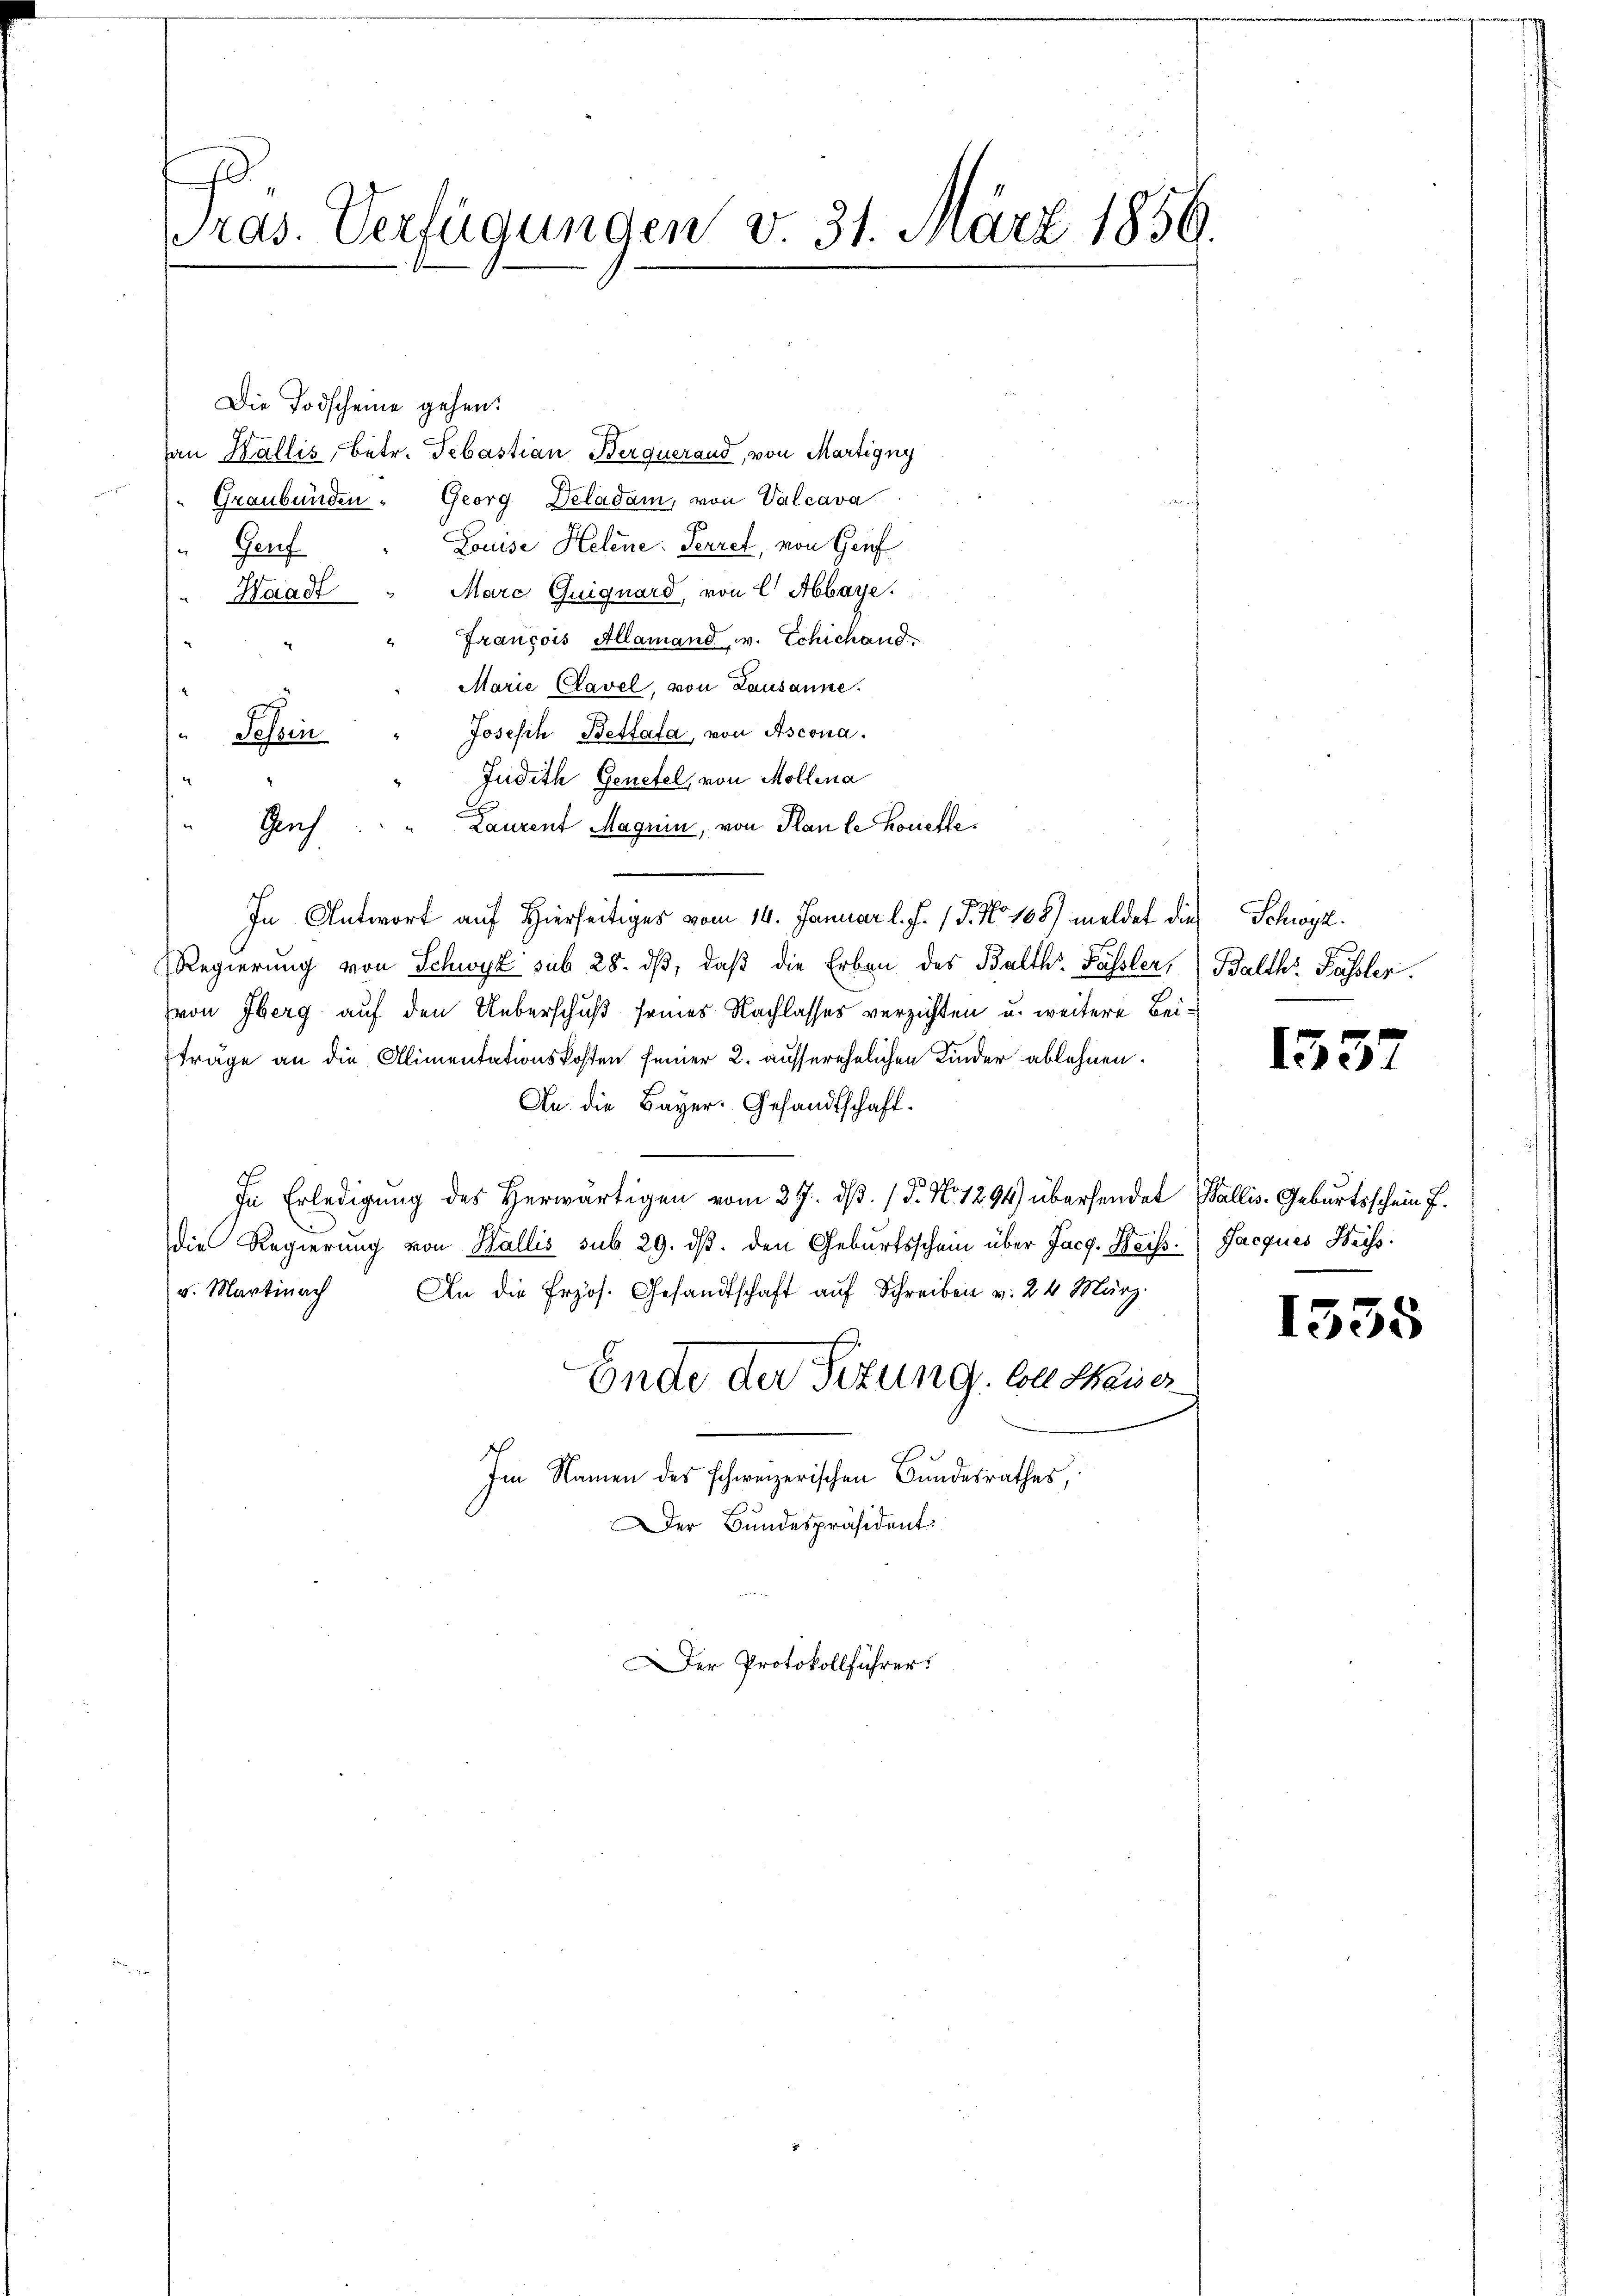
m
Pras. Verfügungen v. 31. März 1856.

Die Todscheine gehen.
an Wallis, betr. Sebastian Berquerand, von Martigny
Graubünden Georg Deladam, von Valcava
Louise Helene Perrel, von Grif
Hof
Marc Guignard, von E Abbaye.
Waadt
Francois Allamand v. Schichand.
Marie Clavel, von Lausanne.
Joseph Bettata, von Ascona.
d
Schein
Judith Genetel, von Mollena
2
Glich
Laurent Magnin, von Plan le Koreffe.
In Antwort auf Hierseitiges vom 14. Januar l. J. P. No 108) meldet die Schwyz
Regierung von Schwyz sub 28. dβ, daß die Erben des Balth. Fassler,
von Eberg auf den Ueberschuß seines Nachlasses verzichten u. weitere Beifträge an die Alimentationskosten seiner 2. ausserehelichen Kinder ablehnen.
An die Bayer. Gesandtschaft.
In Erledigung des Herwärtigen vom 27. dβ. (§. No 1294) übersendet Wallis. Geburtsschein f
die Regierung von Wallis sub 29. dβ. den Geburtsschein über Jacg. Weiss. Jacques Weiss
v. Martinach An die frzös. Gesandtschaft auf Schreiben v. 24 März.
Ende der Situng soll Meier
Im Namen des schweizerischen Bundesrathes,
Der Bundespräsident:
Der Protokollführer.

Balthr Fässler.

1357

1355